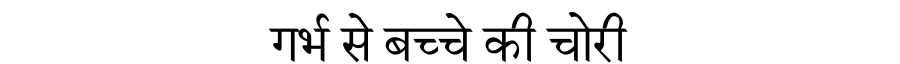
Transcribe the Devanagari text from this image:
गर्भ से बच्चे की चोरी